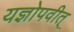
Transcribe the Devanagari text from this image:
यज्ञोपवीत्